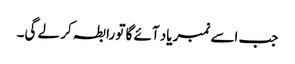
جب اسے نمبر یاد آئے گا تو رابطہ کر لے گی۔